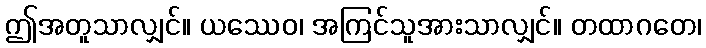
ဤအတူသာလျှင်။ ယဿေဝ၊ အကြင်သူအားသာလျှင်။ တထာဂတေ၊